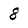
Character: 8